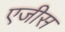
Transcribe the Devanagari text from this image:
एजीस